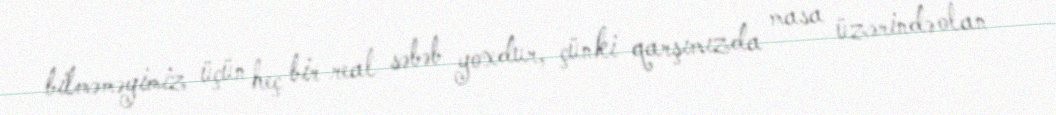
bilməməyimiz üçün heç bir real səbəb yoxdur, çünki qarşımızda masa üzərində olan